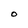
Character: O